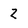
Character: 2